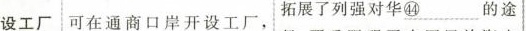
设工厂 可在通商口岸开设工, 拓展了列强对华\underline{㊹}的途│